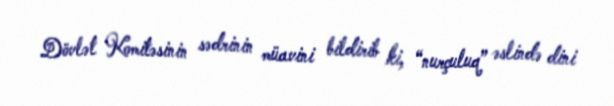
Dövlət Komitəsinin sədrinin müavini bildirib ki, “nurçuluq” əslində dini